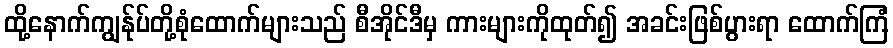
ထို့နောက်ကျွန်ုပ်တို့စုံထောက်များသည် စီအိုင်ဒီမှ ကားများကိုထုတ်၍ အခင်းဖြစ်ပွားရာ ထောက်ကြံ